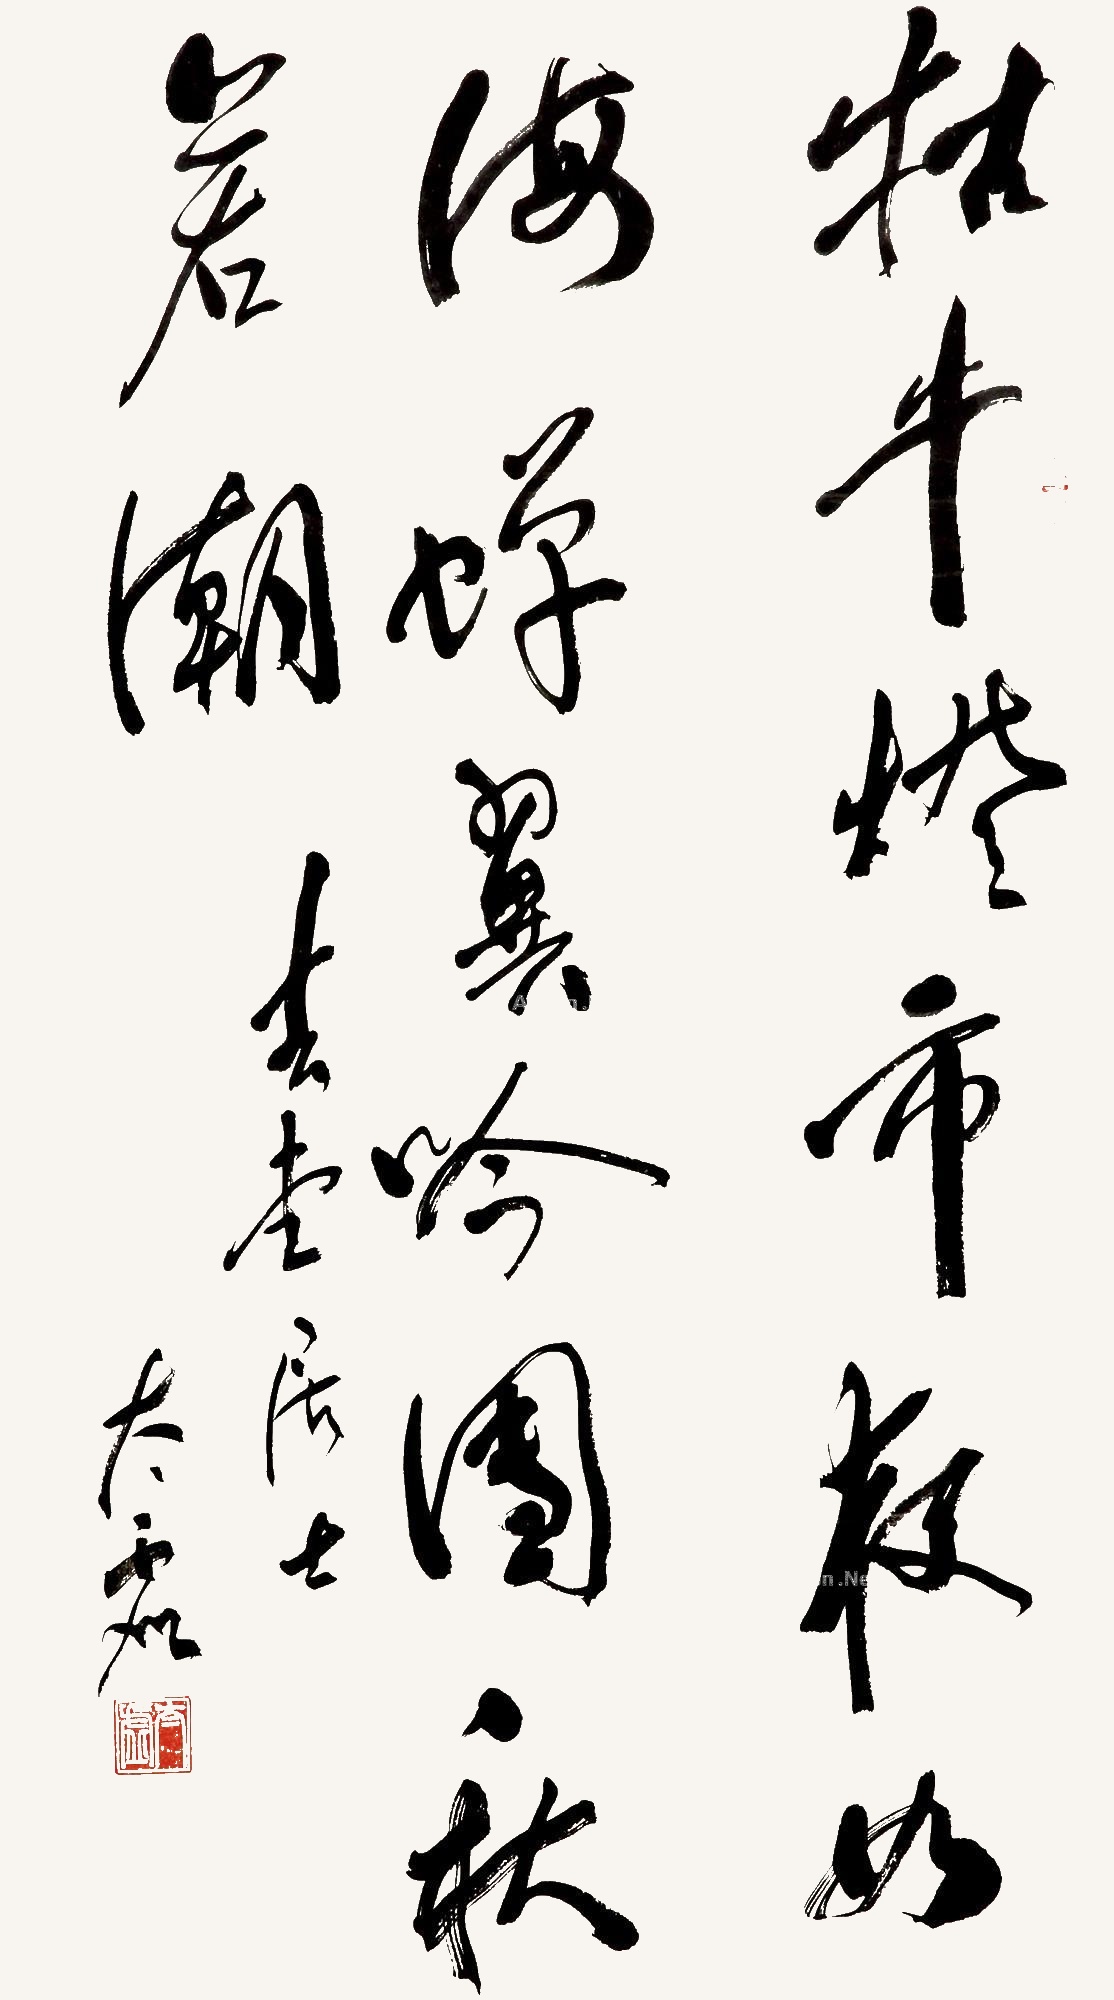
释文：牯牛灯市夜如海，蝉翼吟园秋若潮。吉堂居士，太虚。